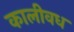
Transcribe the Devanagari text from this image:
कालीवध